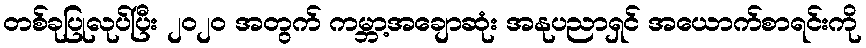
တစ်ခုပြုလုပ်ပြီး ၂၀၂၀ အတွက် ကမ္ဘာ့အချောဆုံး အနုပညာရှင် အယောက်စာရင်းကို